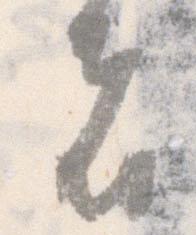
者